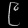
Digit: ၉